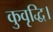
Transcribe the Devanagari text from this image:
कुवृद्धि।